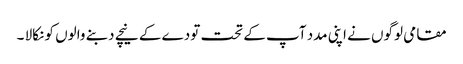
مقامی لوگوں نے اپنی مدد آپ کے تحت تودے کے نیچے دبنے والوں کو نکالا ۔